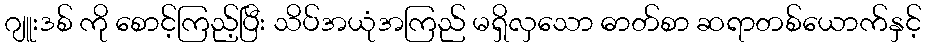
ဂျူးဒစ် ကို စောင့်ကြည့်ပြီး သိပ်အယုံအကြည် မရှိလှသော ဓာတ်စာ ဆရာတစ်ယောက်နှင့်